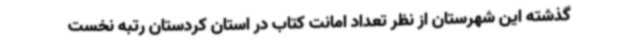
گذشته این شهرستان از نظر تعداد امانت کتاب در استان کردستان رتبه نخست